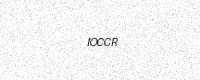
Text: IOCCR